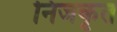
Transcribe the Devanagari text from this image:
निजकृत